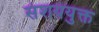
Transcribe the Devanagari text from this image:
संशययुक्त